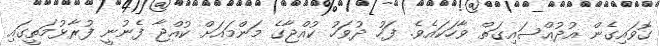
ގޮވައިގެން އުދުއްސައިގަތް ވާހަކައެވެ. ފަހު ދުވަހު ކުއްޖާގެ މަންމައަށް ކުއްޖާ ފެނުނީ ފުރާޅުމަތީގައި